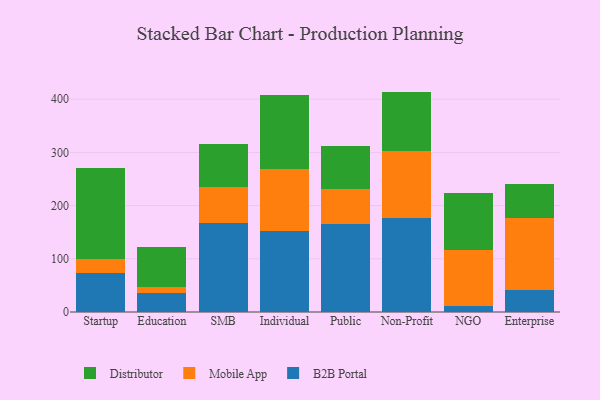
{"axis": {"x": "Segment", "y": "Latency (ms)"}, "legend": ["B2B Portal", "Distributor", "Mobile App"], "data": [{"x": "Startup", "y": 73.6, "type": "B2B Portal"}, {"x": "Startup", "y": 26.0, "type": "Mobile App"}, {"x": "Startup", "y": 171.1, "type": "Distributor"}, {"x": "Education", "y": 35.2, "type": "B2B Portal"}, {"x": "Education", "y": 11.5, "type": "Mobile App"}, {"x": "Education", "y": 75.1, "type": "Distributor"}, {"x": "SMB", "y": 167.5, "type": "B2B Portal"}, {"x": "SMB", "y": 66.8, "type": "Mobile App"}, {"x": "SMB", "y": 81.8, "type": "Distributor"}, {"x": "Individual", "y": 151.9, "type": "B2B Portal"}, {"x": "Individual", "y": 117.8, "type": "Mobile App"}, {"x": "Individual", "y": 137.4, "type": "Distributor"}, {"x": "Public", "y": 166.3, "type": "B2B Portal"}, {"x": "Public", "y": 65.0, "type": "Mobile App"}, {"x": "Public", "y": 81.6, "type": "Distributor"}, {"x": "Non-Profit", "y": 176.1, "type": "B2B Portal"}, {"x": "Non-Profit", "y": 126.0, "type": "Mobile App"}, {"x": "Non-Profit", "y": 112.2, "type": "Distributor"}, {"x": "NGO", "y": 10.7, "type": "B2B Portal"}, {"x": "NGO", "y": 105.8, "type": "Mobile App"}, {"x": "NGO", "y": 107.4, "type": "Distributor"}, {"x": "Enterprise", "y": 40.6, "type": "B2B Portal"}, {"x": "Enterprise", "y": 136.3, "type": "Mobile App"}, {"x": "Enterprise", "y": 63.8, "type": "Distributor"}]}